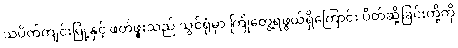
သပိတ်ကျင်းမြို့နှင့် ဖတ်ဖူးသည် သွင်ရုံမှာ ကြုံတွေ့ရဖွယ်ရှိကြောင်း ပိတ်ဆို့ခြင်းတို့ကို